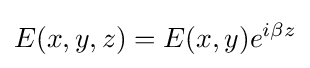
E(x,y,z)=E(x,y)e^{i\beta z}